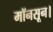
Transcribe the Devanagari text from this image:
मॉनसून।